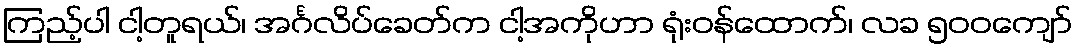
ကြည့်ပါ ငါ့တူရယ်၊ အင်္ဂလိပ်ခေတ်က ငါ့အကိုဟာ ရုံးဝန်ထောက်၊ လခ ၅၀၀ကျော်